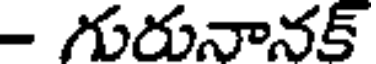
- గురునానక్